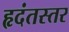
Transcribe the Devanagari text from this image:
हृदंतस्तर